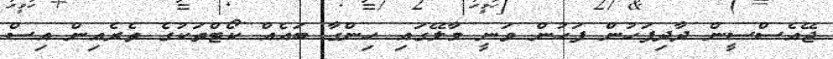
ޖޭއެސްސީން ދާދިފަހުން ފަހުން ވަނީ މާލޭގައި ހިންގާ ބައެއް ކޯޓްތަކުގެ ތެރެއިން އިސް